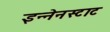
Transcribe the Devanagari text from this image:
इन्नेनस्टाट